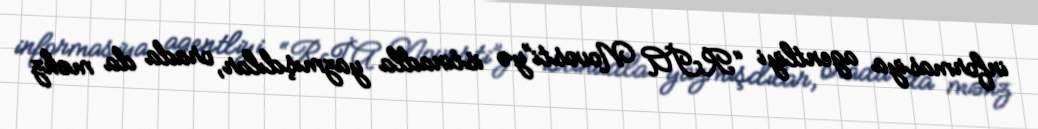
informasiya agentliyi “RİA Novosti”yə istinadla yazmışdılar, orada da məhz